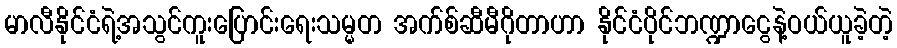
မာလီနိုင်ငံရဲ့အသွင်ကူးပြောင်းရေးသမ္မတ အက်စ်ဆီမီဂိုတာဟာ နိုင်ငံပိုင်ဘဏ္ဍာငွေနဲ့ဝယ်ယူခဲ့တဲ့